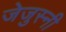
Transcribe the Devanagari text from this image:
जेजुस्नी